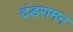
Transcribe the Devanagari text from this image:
दंडरामन